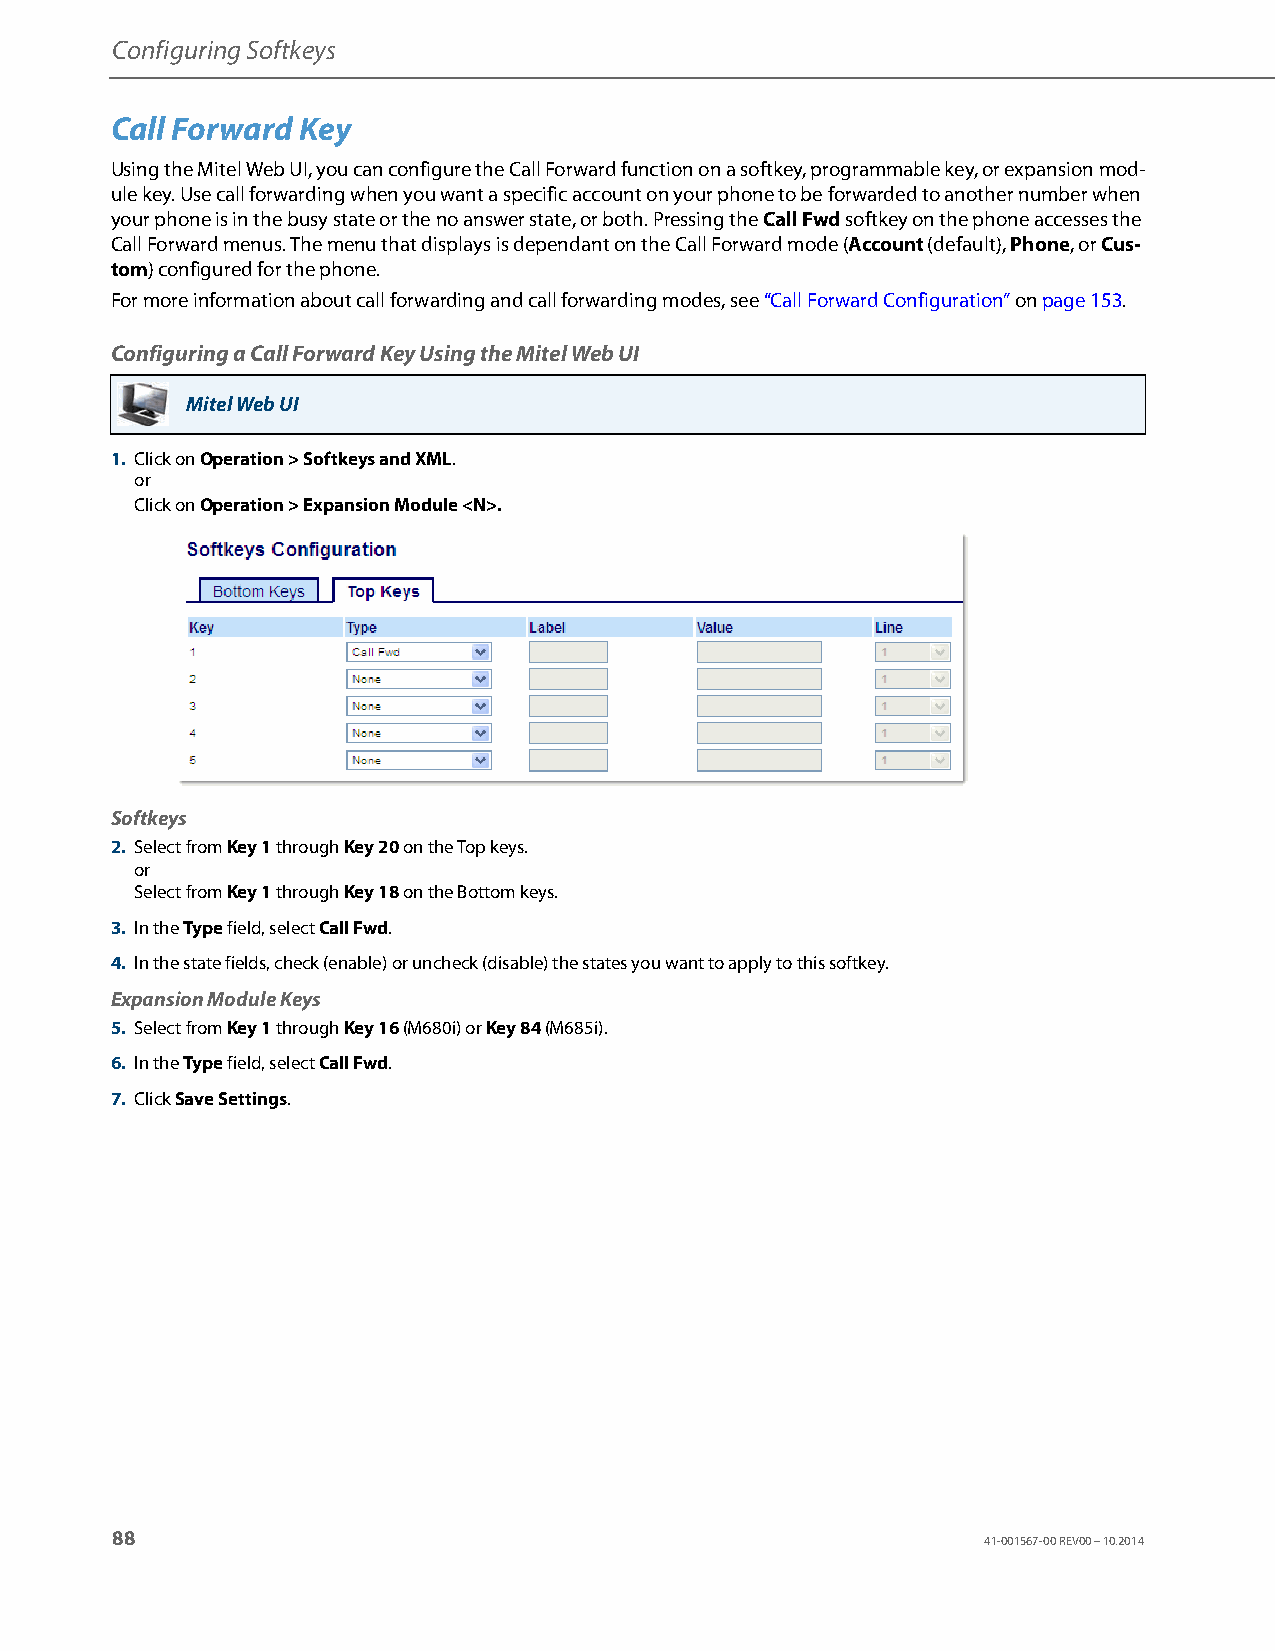
Configuring Softkeys
 Call Forward Key
 Using the Mitel Web UI, you can configure the Call Forward function on a softkey, programmable key, or expansion mod-
 ule key. Use call forwarding when you want a specific account on your phone to be forwarded to another number when
 your phone is in the busy state or the no answer state, or both. Pressing the Call Fwd softkey on the phone accesses the
 Call Forward menus. The menu that displays is dependant on the Call Forward mode (Account (default), Phone, or Cus-
 tom) configured for the phone.
 For more information about call forwarding and call forwarding modes, see “Call Forward Configuration” on page153.
 Configuring a Call Forward Key Using the Mitel Web UI
 Mitel Web UI
 1. Click on Operation > Softkeys and XML.
 or
 Click on Operation > Expansion Module <N>.
 Softkeys
 2. Select from Key 1 through Key 20 on the Top keys.
 or
 Select from Key 1 through Key 18 on the Bottom keys.
 3. In the Type field, select Call Fwd.
 4. In the state fields, check (enable) or uncheck (disable) the states you want to apply to this softkey.
 Expansion Module Keys
 5. Select from Key 1 through Key 16 (M680i) or Key 84 (M685i).
 6. In the Type field, select Call Fwd.
 7. Click Save Settings.
 88
 41-001567-00 REV00 – 10.2014